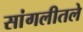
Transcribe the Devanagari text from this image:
सांगलीतले